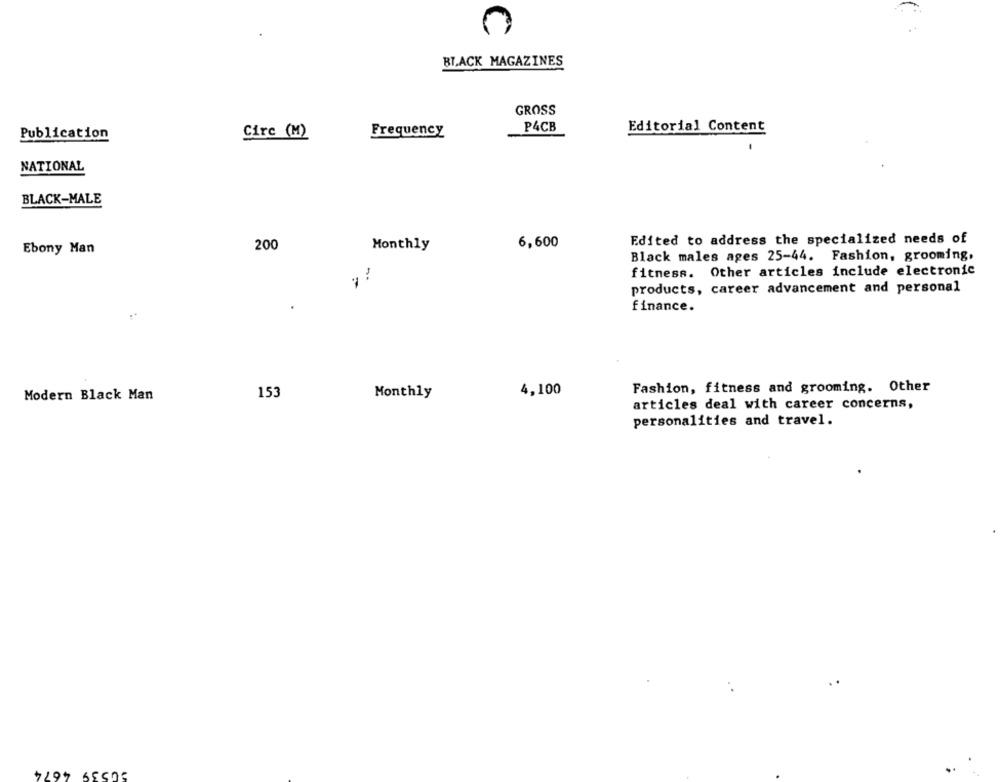
0
BLACK MAGAZINES
GROSS
Frequency
P4CB
Editorial Content
Publication
Circ (M)
NATIONAL
BLACK-MALE
Edited to address the specialized needs of
Ebony Man
200
Monthly
6,600
Black males ages 25-44. Fashion, grooming,
fitness. Other articles include electronic
products, career advancement and personal
finance.
4,100
Fashion, fitness and grooming. Other
Modern Black Man
153
Monthly
articles deal with career concerns,
personalities and travel.
50539 4674